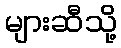
များဆီသို့